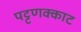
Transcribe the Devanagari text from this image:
पट्टणक्काट